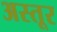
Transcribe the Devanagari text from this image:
अस्तूर